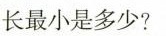
长最小是多少?